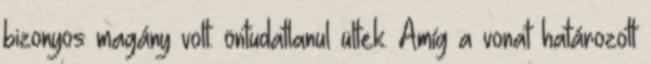
bizonyos magány volt. öntudatlanul ültek. Amíg a vonat határozott